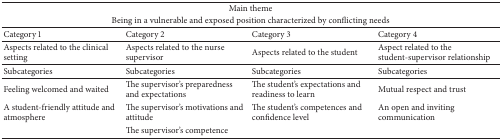
<table><thead><tr><td colspan="4"><b>Main theme</b></td></tr><tr><td colspan="4"><b>Being in a vulnerable and exposed position characterized by conflicting needs</b></td></tr></thead><tbody><tr><td>Category 1</td><td>Category 2</td><td>Category 3</td><td>Category 4</td></tr><tr><td>Aspects related to the clinical setting</td><td>Aspects related to the nurse supervisor</td><td>Aspects related to the student</td><td>Aspect related to the student-supervisor relationship</td></tr><tr><td>Subcategories </td><td>Subcategories</td><td>Subcategories</td><td>Subcategories</td></tr><tr><td>Feeling welcomed and waited</td><td>The supervisor&#x27;s preparedness and expectations</td><td>The student&#x27;s expectations and readiness to learn</td><td>Mutual respect and trust</td></tr><tr><td>A student-friendly attitude and atmosphere</td><td>The supervisor&#x27;s motivations and attitude</td><td>The student&#x27;s competences and confidence level</td><td>An open and inviting communication</td></tr><tr><td> </td><td>The supervisor&#x27;s competence</td><td> </td><td> </td></tr></tbody></table>